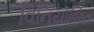
વિનિયોજિત